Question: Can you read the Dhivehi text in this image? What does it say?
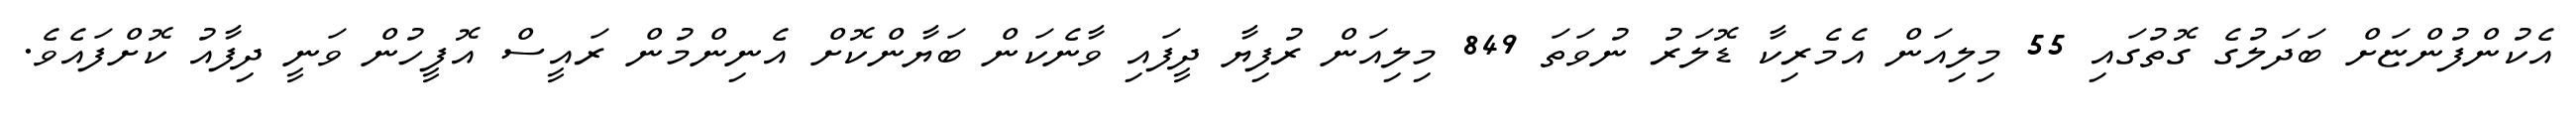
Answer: އެކުންފުންޏަށް ބަދަލުގެ ގޮތުގައި 55 މިލިއަން އެމެރިކާ ޑޮލަރު ނުވަތަ 849 މިލިއަން ރުފިޔާ ދީފައި ވާނެކަން ބަޔާންކޮށް އެނިންމުން ރައީސް އޮފީހުން ވަނީ ދިފާއު ކޮށްފައެވެ.